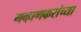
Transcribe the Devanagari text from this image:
गव्हाणकरांच्या